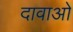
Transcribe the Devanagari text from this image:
दावाओ